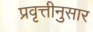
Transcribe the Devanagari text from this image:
प्रवृत्तीनुसार